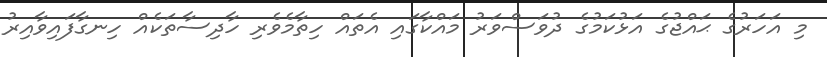
މި އަހަރުގެ ޙައްޖުގެ އަޅުކަމުގެ ދުވަސްވަރު މައްކާގައި އެތައް ހިތާމެވެރި ހާދިސާތަކެއް ހިނގާފައިވާއިރު